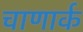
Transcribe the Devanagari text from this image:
चाणार्क